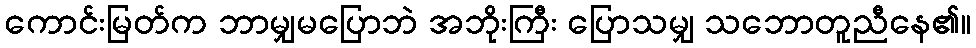
ကောင်းမြတ်က ဘာမျှမပြောဘဲ အဘိုးကြီး ပြောသမျှ သဘောတူညီနေ၏။